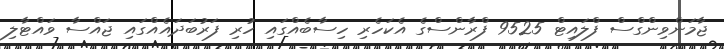
ޖާމަންވިންގްސް ފްލައިޓް 9525 ފްރާންސްގެ އެކަހެރި ހިސާބެއްގައި ހުރި ފަރުބަދައެއްގައި ޖައްސާ ވައްޓާލި